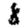
Digit: 8